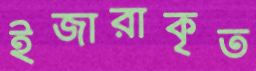
ইজারাকৃত